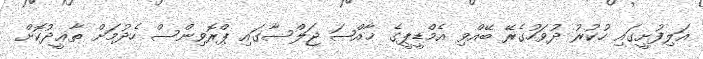
އަލިފުށީގައި ހުކުރު ދުވަހުގެރޭ ބޭއްވި އެމްޑީޕީގެ ޚާއްޞަ ޖަލްސާގައި ޕްރޮވިންސް ހެދުމަށް ތާޢީދުކޮށް